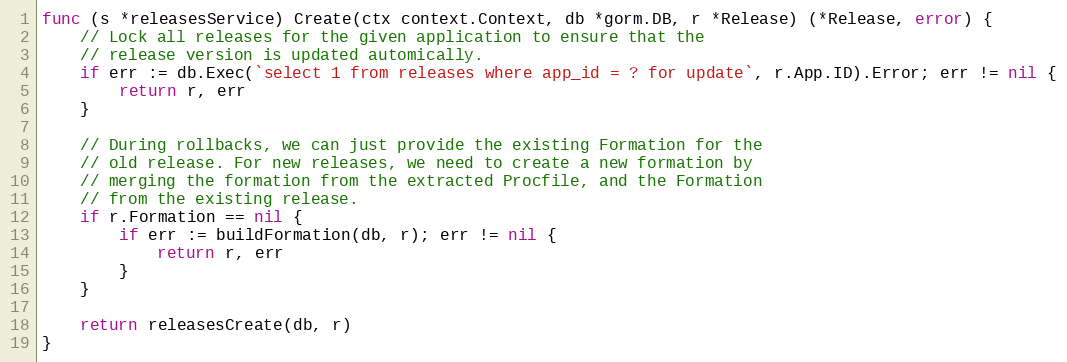
Language: Go
func (s *releasesService) Create(ctx context.Context, db *gorm.DB, r *Release) (*Release, error) {
	// Lock all releases for the given application to ensure that the
	// release version is updated automically.
	if err := db.Exec(`select 1 from releases where app_id = ? for update`, r.App.ID).Error; err != nil {
		return r, err
	}

	// During rollbacks, we can just provide the existing Formation for the
	// old release. For new releases, we need to create a new formation by
	// merging the formation from the extracted Procfile, and the Formation
	// from the existing release.
	if r.Formation == nil {
		if err := buildFormation(db, r); err != nil {
			return r, err
		}
	}

	return releasesCreate(db, r)
}